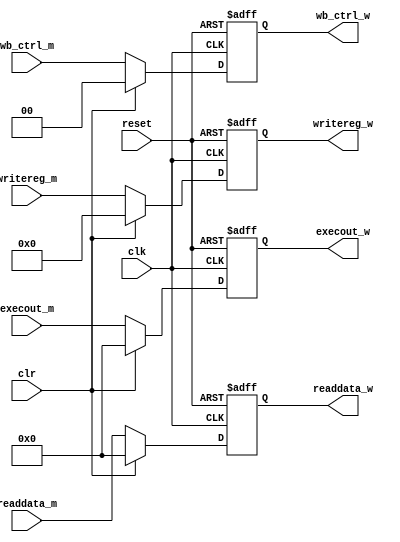

module mem_wb_reg (
	clk, reset, clr,
	wb_ctrl_m,
	execout_m,
	readdata_m,
	writereg_m,
	wb_ctrl_w,
	execout_w,
	readdata_w,
	writereg_w
);
//--Input Ports-------------------------------------
input clk, reset, clr;
input [1:0]  wb_ctrl_m;
input [31:0] execout_m;
input [31:0] readdata_m;
input [4:0]	 writereg_m;
//--Output Ports------------------------------------
output reg [1:0]  wb_ctrl_w;
output reg [31:0] execout_w;
output reg [31:0] readdata_w;
output reg [4:0]  writereg_w;

//--Synchronous-----------
always @ (posedge clk or posedge reset) begin
	if (reset) begin
		wb_ctrl_w <= 0;
		execout_w <= 0;
		readdata_w <= 0;
		writereg_w <= 0;
	end else begin
		if (clr) begin
			wb_ctrl_w <= 0;
			execout_w <= 0;
			readdata_w <= 0;
			writereg_w <= 0;
		end else begin
			wb_ctrl_w <= wb_ctrl_m;
			execout_w <= execout_m;
			readdata_w <= readdata_m;
			writereg_w <= writereg_m;
		end
	end
end//always
endmodule